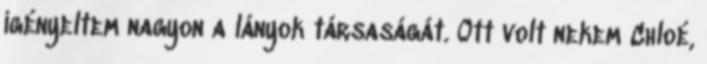
igényeltem nagyon a lányok társaságát. Ott volt nekem Chloé,